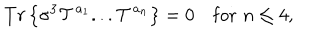
T r \left\{ \sigma ^ { 3 } { \cal T } ^ { a _ { 1 } } . . . { \cal T } ^ { a _ { n } } \right\} = 0 \quad \mathrm { f o r } \, \, n \leq 4 ,